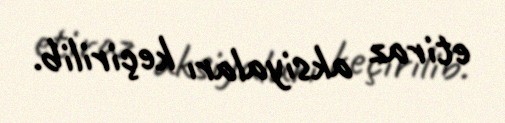
etiraz aksiyaları keçirilib.